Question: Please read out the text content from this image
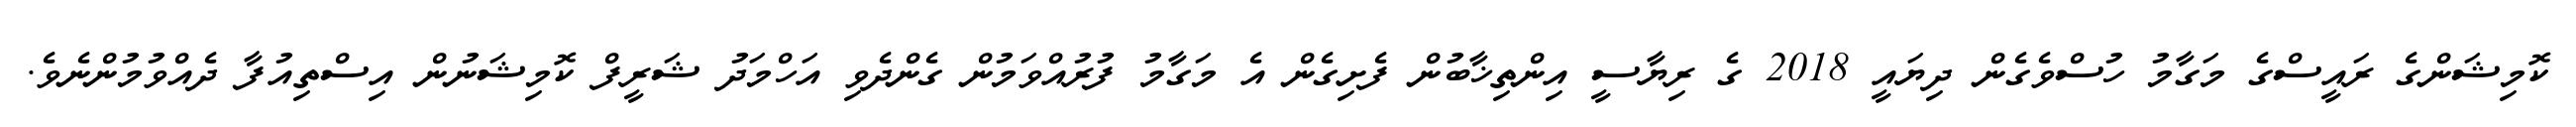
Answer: ކޮމިޝަންގެ ރައީސްގެ މަގާމު ހުސްވެގެން ދިޔައީ 2018 ގެ ރިޔާސީ އިންތިޚާބުން ފެށިގެން އެ މަގާމު ފުރުއްވަމުން ގެންދެވި އަހްމަދު ޝަރީފް ކޮމިޝަނުން އިސްތިއުފާ ދެއްވުމުންނެވެ.